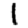
Digit: 1